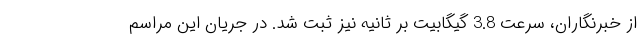
از خبرنگاران، سرعت 3.8 گیگابیت بر ثانیه نیز ثبت شد. در جریان این مراسم